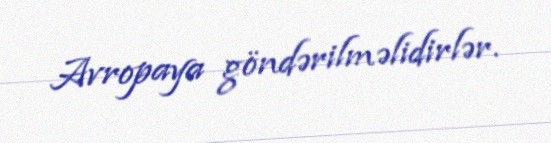
Avropaya göndərilməlidirlər.